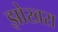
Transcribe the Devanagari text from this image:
झोखरा